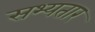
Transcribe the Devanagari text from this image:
सभ्यतार